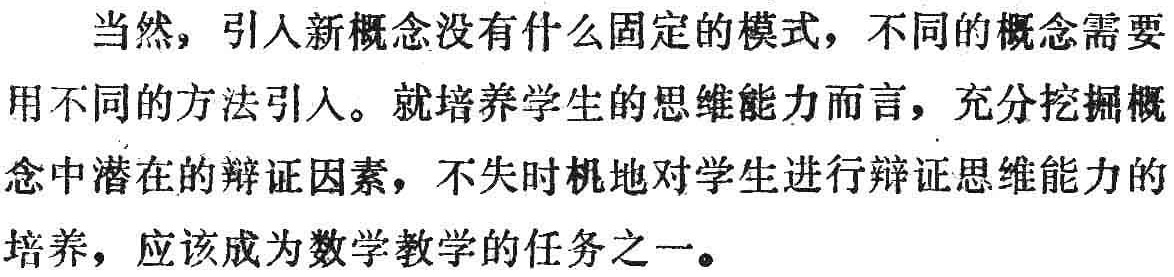
当然，引入新概念没有什么固定的模式，不同的概念需要用不同的方法引人。就培养学生的思维能力而言，充分挖掘概念中潜在的辩证因素，不失时机地对学生进行辩证思维能力的培养，应该成为数学教学的任务之一。